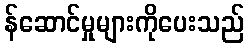
န်ဆောင်မှုများကိုပေးသည်